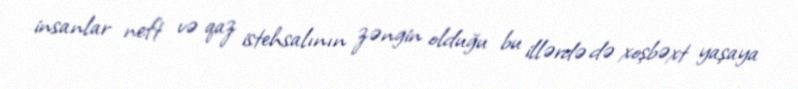
insanlar neft və qaz istehsalının zəngin olduğu bu illərdə də xoşbəxt yaşaya